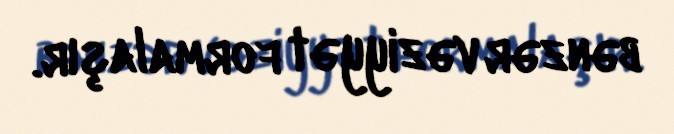
bənzər vəziyyət formalaşır.